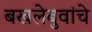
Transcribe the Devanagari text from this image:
बखलेबुवांचे